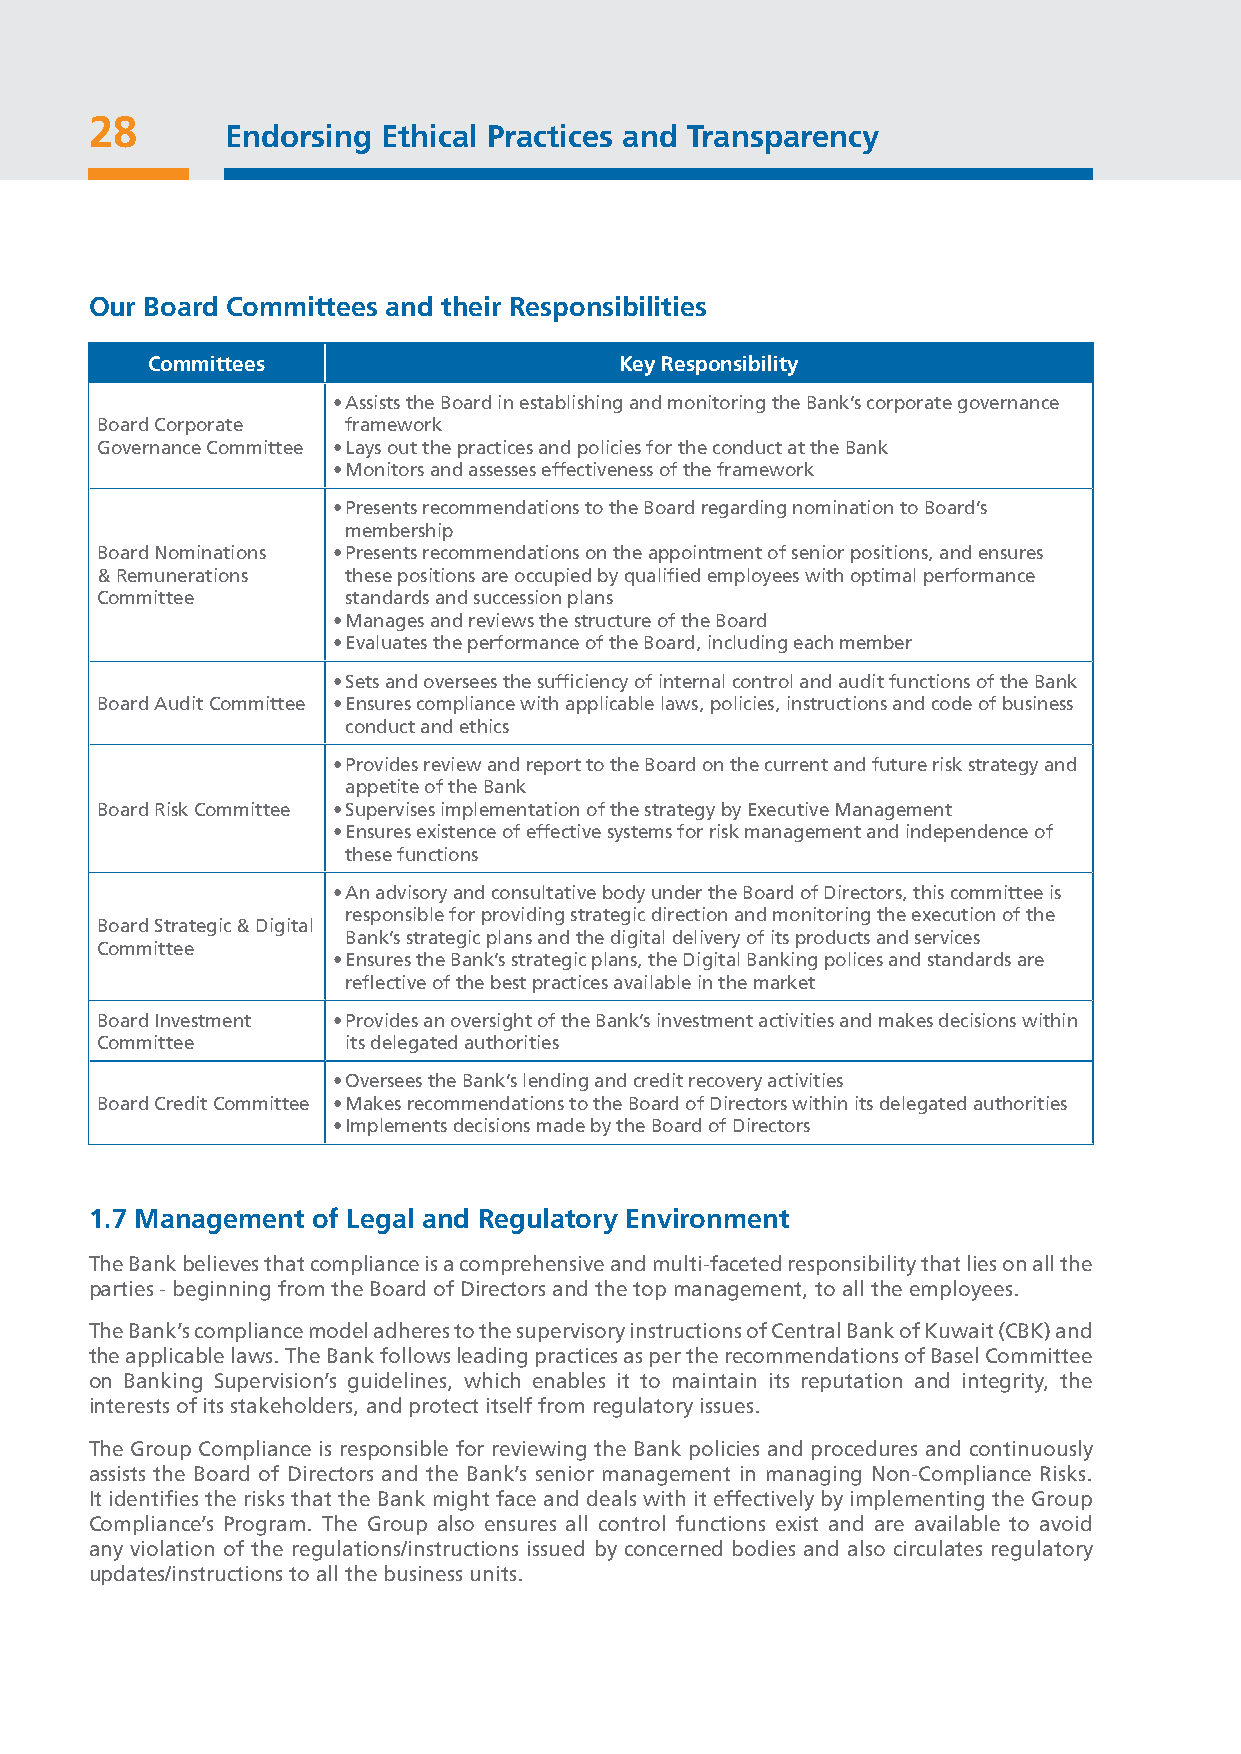
28
 Endorsing Ethical Practices and Transparency
 Our Board Committees and their Responsibilities
 Committees                     Key Responsibility
 • Assists the Board in establishing and monitoring the Bank’s corporate governance
 Board Corporate  framework
 Governance Committee • Lays out the practices and policies for the conduct at the Bank
 • Monitors and assesses effectiveness of the framework
 • Presents recommendations to the Board regarding nomination to Board’s
 membership
 Board Nominations • Presents recommendations on the appointment of senior positions, and ensures
 & Remunerations  these positions are occupied by qualified employees with optimal performance
 Committee        standards and succession plans
 • Manages and reviews the structure of the Board
 • Evaluates the performance of the Board, including each member
 • Sets and oversees the sufficiency of internal control and audit functions of the Bank
 Board Audit Committee • Ensures compliance with applicable laws, policies, instructions and code of business
 conduct and ethics
 • Provides review and report to the Board on the current and future risk strategy and
 appetite of the Bank
 Board Risk Committee • Supervises implementation of the strategy by Executive Management
 • Ensures existence of effective systems for risk management and independence of
 these functions
 • An advisory and consultative body under the Board of Directors, this committee is
 responsible for providing strategic direction and monitoring the execution of the
 Board Strategic & Digital
 Bank’s strategic plans and the digital delivery of its products and services
 Committee
 • Ensures the Bank’s strategic plans, the Digital Banking polices and standards are
 reflective of the best practices available in the market
 Board Investment • Provides an oversight of the Bank’s investment activities and makes decisions within
 Committee        its delegated authorities
 • Oversees the Bank’s lending and credit recovery activities
 Board Credit Committee • Makes recommendations to the Board of Directors within its delegated authorities
 • Implements decisions made by the Board of Directors
 1.7 Management of Legal and Regulatory Environment
 The Bank believes that compliance is a comprehensive and multi-faceted responsibility that lies on all the
 parties - beginning from the Board of Directors and the top management, to all the employees.
 The Bank’s compliance model adheres to the supervisory instructions of Central Bank of Kuwait (CBK) and
 the applicable laws. The Bank follows leading practices as per the recommendations of Basel Committee
 on Banking Supervision’s guidelines, which enables it to maintain its reputation and integrity, the
 interests of its stakeholders, and protect itself from regulatory issues.
 The Group Compliance is responsible for reviewing the Bank policies and procedures and continuously
 assists the Board of Directors and the Bank’s senior management in managing Non-Compliance Risks.
 It identifies the risks that the Bank might face and deals with it effectively by implementing the Group
 Compliance’s Program. The Group also ensures all control functions exist and are available to avoid
 any violation of the regulations/instructions issued by concerned bodies and also circulates regulatory
 updates/instructions to all the business units.